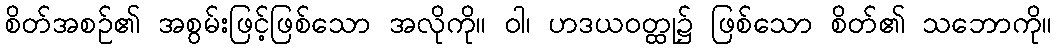
စိတ်အစဉ်၏ အစွမ်းဖြင့်ဖြစ်သော အလိုကို။ ဝါ၊ ဟဒယဝတ္ထု၌ ဖြစ်သော စိတ်၏ သဘောကို။